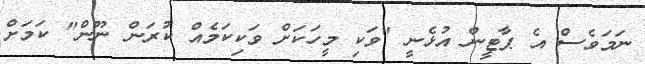
ނަމަވެސް އެ ޕާޓީން އުޅެނީ "ވަކި މީހަކަށް ވަކިކަމެއް ކުރަން ނޫން" ކަމަށް